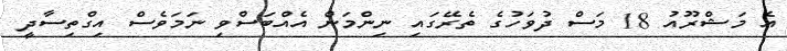
އެ މަޝްރޫއު 18 މަސް ދުވަހުގެ ތެރޭގައި ނިންމަން އެއްބަސްވި ނަމަވެސް އިގްތިސާދީ